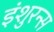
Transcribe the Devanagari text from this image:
इंशुरन्स